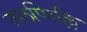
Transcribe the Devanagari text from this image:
तलप्पिल्लि